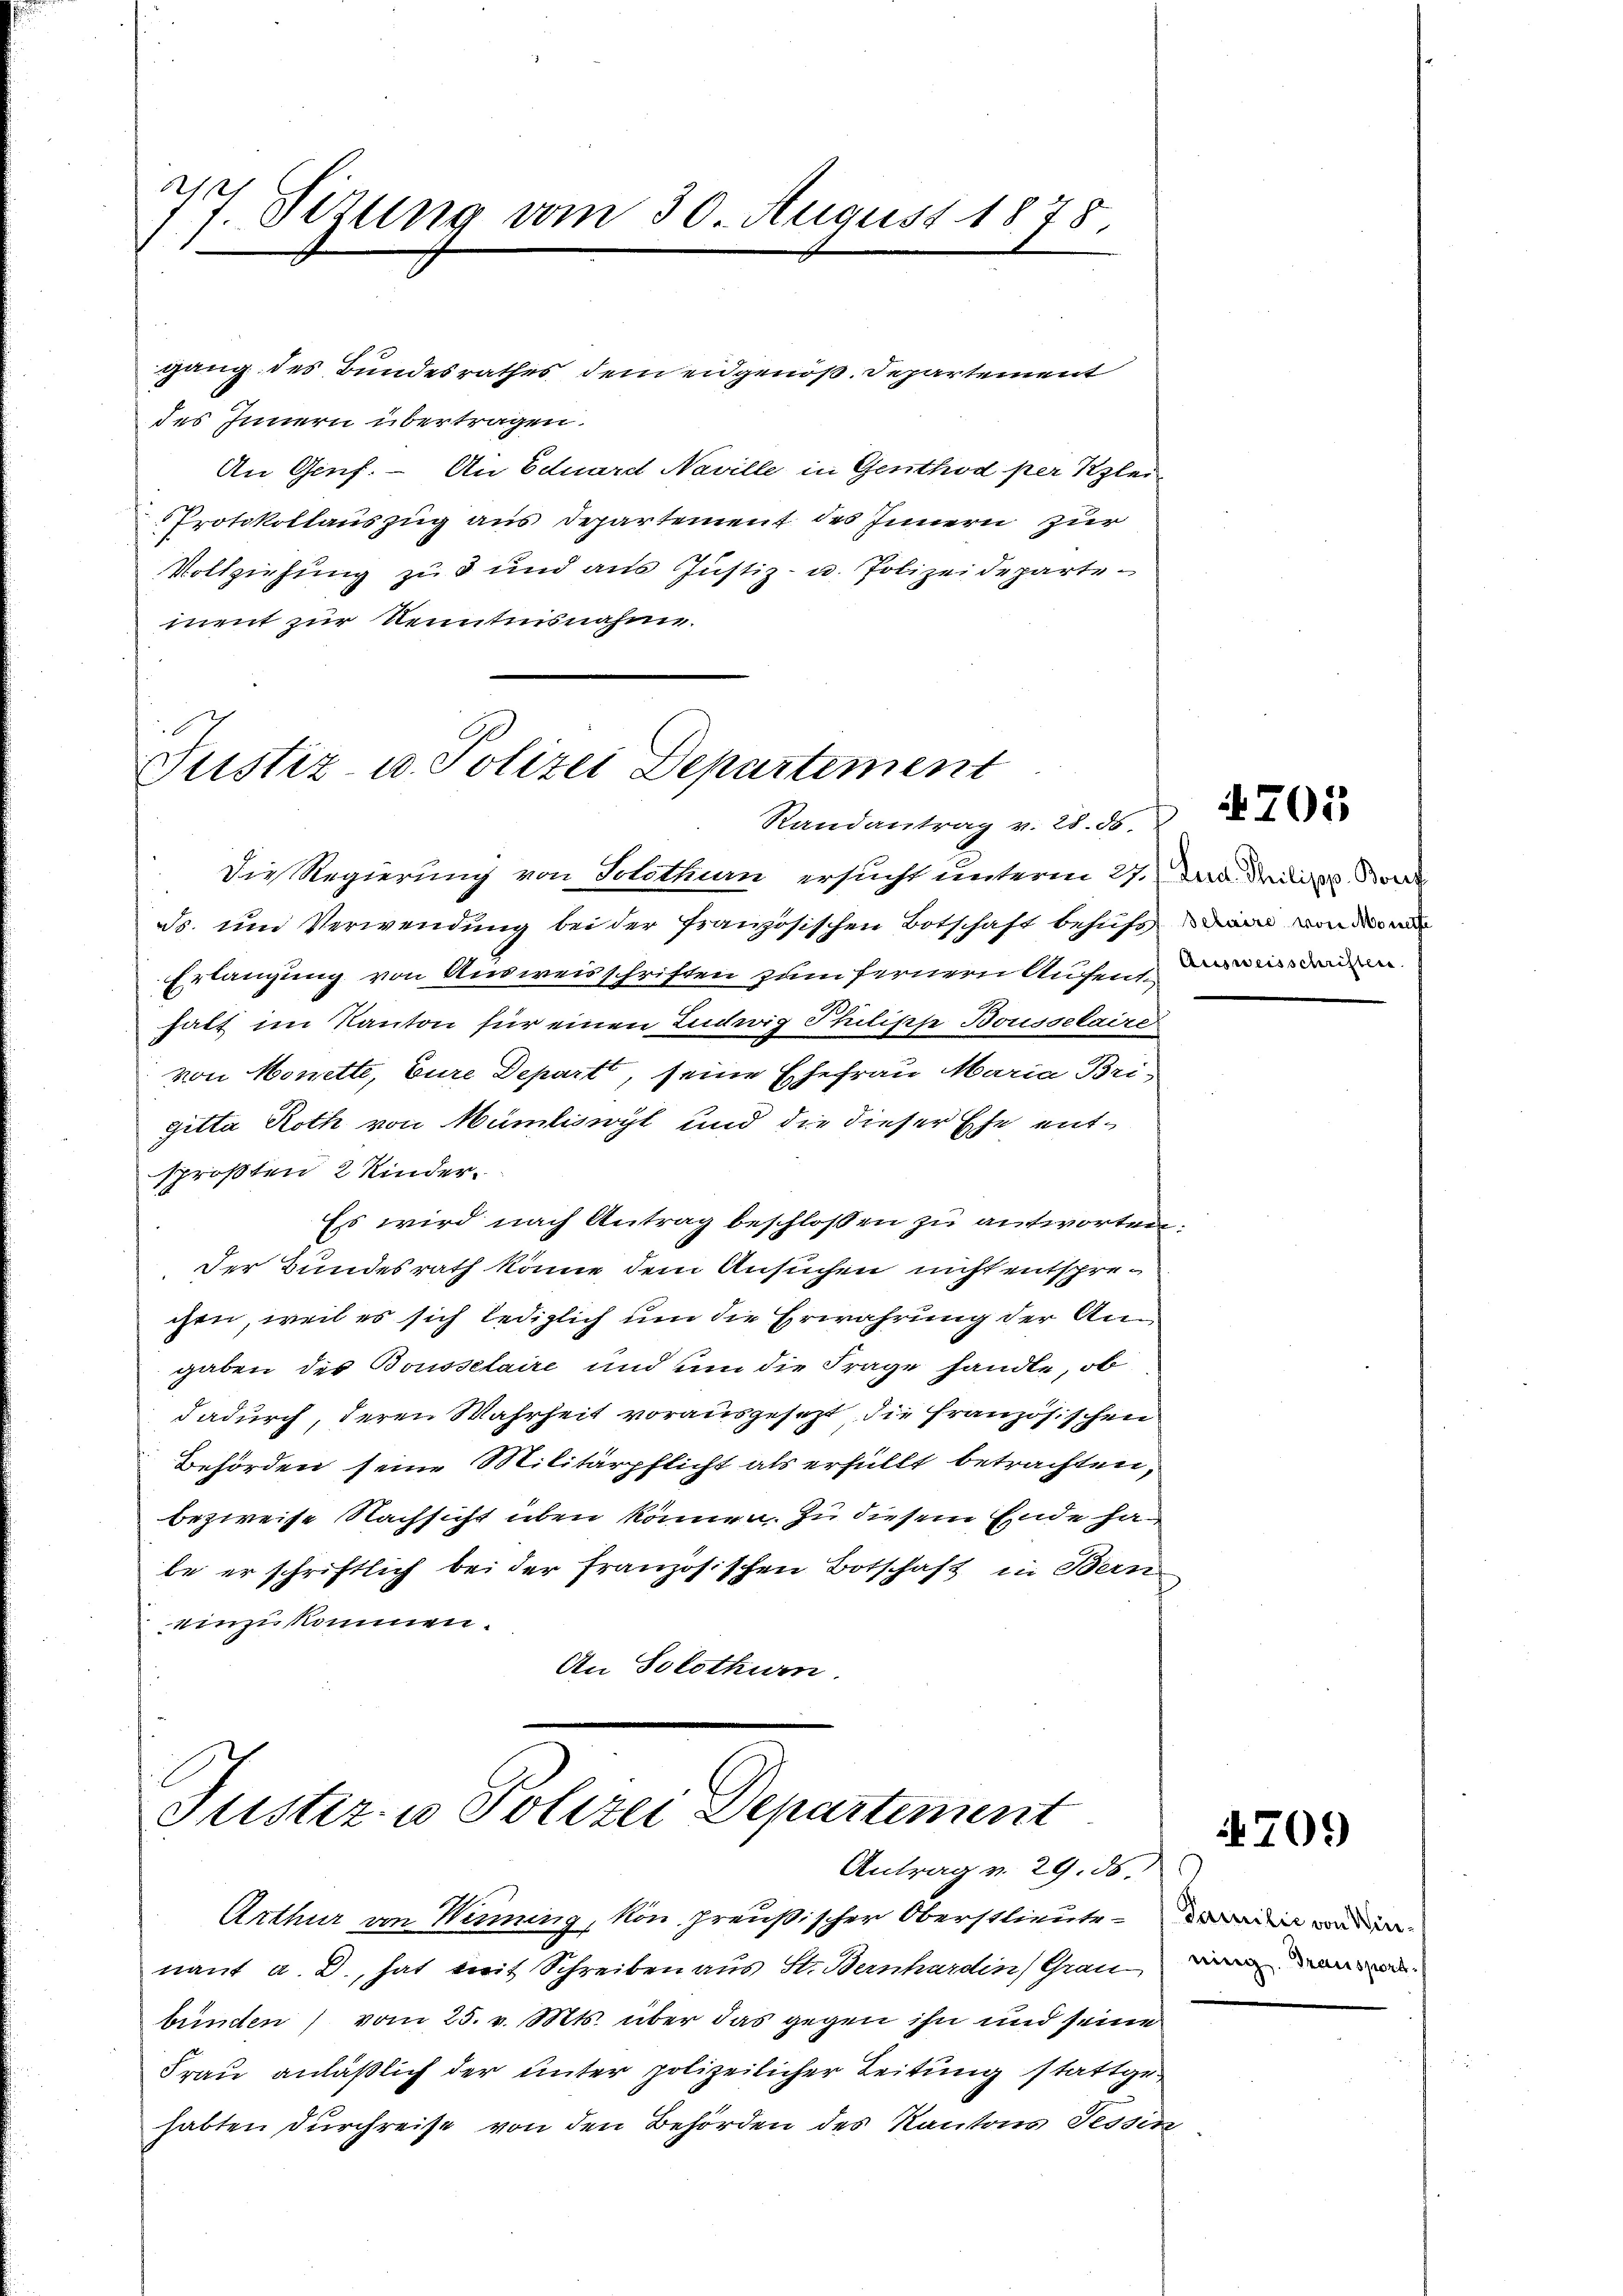
d
7. Tezung vom 30. August 1878.

gang des Bundesrathes dem eidgenöß. Departement
des Innern übertragen.
An Genf. – An Eduard Naville in Genthod per Klei¬
Protokollauszug aus Departement des Innern zur
Vollziehung zu 3 und aus Justiz- u. Polizeidepartement zur Kenntnisnahm.
Randantrag v. 28. ds.
Die Regierung von Solothin ersucht unterm 27.
ds. und Verwendung bei der französischen Botschaft behufs
Erlangung von Ausweisschriften zum fernern Aufenthalt im Kanton für einen Inderig Philische Boussetaire
von Monette, Eure Depart, seine Ehefrau Maria Brigitta Roth von Mumliswyl und die dieser Ehe entsprößten 2 Kinder
Es wird nach Antrag beschloßen zu antworten
Der Bundesrath könne, dem Ansuchen nicht entsprechen, weil es sich lediglich um die Erwährung der Angaben des Boussetaire und um die Frage handte, ob
dadurch, deren Wahrheit vorausgesezt, die französischen
Behörden seine Militärpflicht als erfüllt betrachten,
bezweife Nachsicht üben können. Zu diesem Ende ha
be er schriftlich bei der französischen Botschaft in Bern
einzukommen.
An Solothurn.
Justiz- u Polizei Departement
Antrag v. 29. ds.
Arthur von Werming, von preußischer Oberstlieute we
nant a. D., hat mit Schreiben aus St. Bernhardin Grau
bünden) vom 25. v. Mts. über das gegen ihn und seine
Frau anläßlich der unter polizeilicher Leitung stattgehabten durchreise von den Behörden des Kantons Tessir

Justiz- u. Polizei Departement

Lud. Philipp. Boref
Setaire von Mont
Ausweisschriften.

705

4709